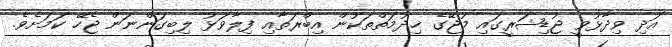
އަދި ވިދާޅުވީ ޖުޑިޝަރީގައި މުޖޭގެ ޚިދުމަތްތަަކުން އިބްރަތާއި ފިލާވަޅު ލިބިގަންނަން ޖެހޭ ކަމަށެވެ.